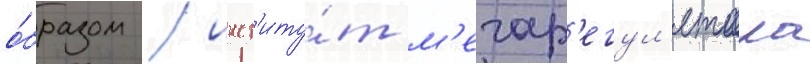
о́бразом / инст'иту́т м'егар'егул'ятора